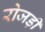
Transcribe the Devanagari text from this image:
रोजड़ी